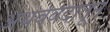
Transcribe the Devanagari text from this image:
अथर्ववेदातून